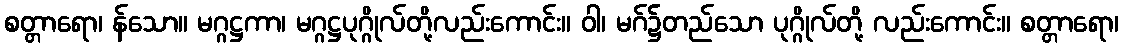
စတ္တာရော၊ န်သော။ မဂ္ဂဋ္ဌကာ၊ မဂ္ဂဋ္ဌပုဂ္ဂိုလ်တို့လည်းကောင်း။ ဝါ၊ မဂ်၌တည်သော ပုဂ္ဂိုလ်တို့ လည်းကောင်း။ စတ္တာရော၊